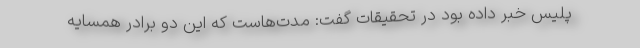
پلیس خبر داده بود در تحقیقات گفت: مدت‌هاست که این دو برادر همسایه